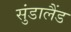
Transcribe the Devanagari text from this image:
सुंडालैंड